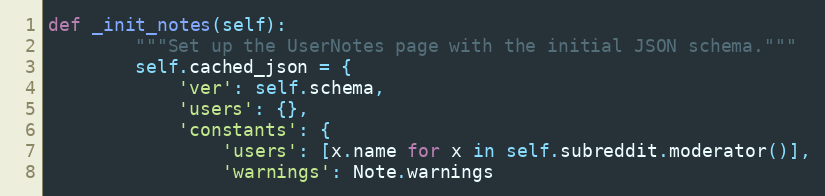
Language: Python
def _init_notes(self):
        """Set up the UserNotes page with the initial JSON schema."""
        self.cached_json = {
            'ver': self.schema,
            'users': {},
            'constants': {
                'users': [x.name for x in self.subreddit.moderator()],
                'warnings': Note.warnings